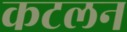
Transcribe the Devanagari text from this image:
कटलन